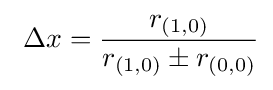
\ \Delta x={\frac {r_{(1,0)}}{r_{(1,0)}\pm r_{(0,0)}}}